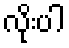
လိုးပါ